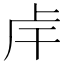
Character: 𢆌